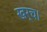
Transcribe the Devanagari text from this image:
खर्च।